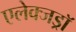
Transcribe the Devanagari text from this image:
एलेक्जड्राॅ